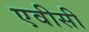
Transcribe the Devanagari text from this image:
एवीसी